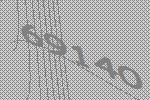
69140